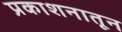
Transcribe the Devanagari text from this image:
प्रकाशनातून